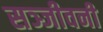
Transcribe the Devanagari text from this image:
सञ्जीवनी